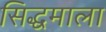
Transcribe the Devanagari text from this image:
सिद्धमाला